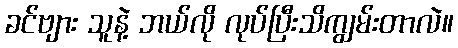
ခင်ဗျား သူနဲ့ ဘယ်လို လုပ်ပြီးသိကျွမ်းတာလဲ။